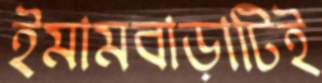
ইমামবাড়াটিই